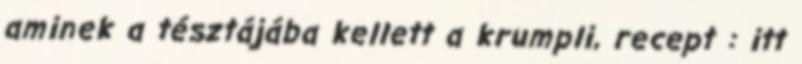
aminek a tésztájába kellett a krumpli, recept : itt